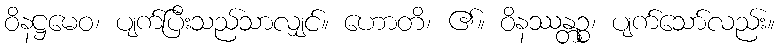
ဝိနဋ္ဌမေဝ၊ ပျက်ပြီးသည်သာလျှင်။ ဟောတိ၊ ၏။ ဝိနဿန္တဉ္စ၊ ပျက်သော်လည်း။